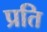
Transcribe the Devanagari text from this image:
प्रति